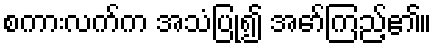
စကားလက်က အသံပြု၍ အော်ကြည့်၏။